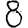
Digit: 8